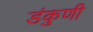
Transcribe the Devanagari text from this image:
डंकुणी